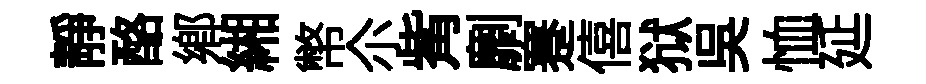
靜酪鄕緗幣尒觜劘蹇僖狱吴恤延